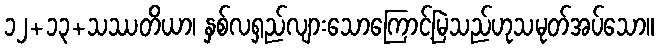
၁၂+၁၃+သဿတိယာ၊ နှစ်လရှည်လျားသောကြောင့်မြဲသည်ဟုသမုတ်အပ်သော။